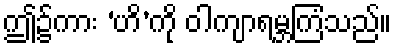
ဤ၌ကား ‘ဟိ’ကို ဝါကျာရမ္ဘကြံသည်။